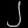
Digit: ၂